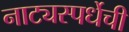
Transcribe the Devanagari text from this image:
नाट्यस्पर्धेची